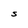
Character: S